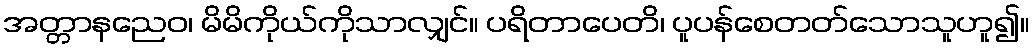
အတ္တာနညေဝ၊ မိမိကိုယ်ကိုသာလျှင်။ ပရိတာပေတိ၊ ပူပန်စေတတ်သောသူဟူ၍။